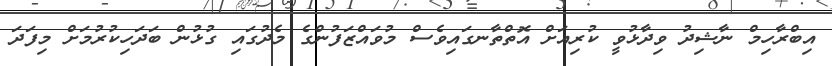
އިބްރާހިމް ނާޝިދު ވިދާޅުވީ ކުރިއަށް އޮތްތާނގައިވެސް މުވައްޒަފުންގެ މެދުގައި ގުޅުން ބަދަހިކުރުމަށް މިފަދަ